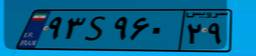
۳۹S۷۴۸۳۷